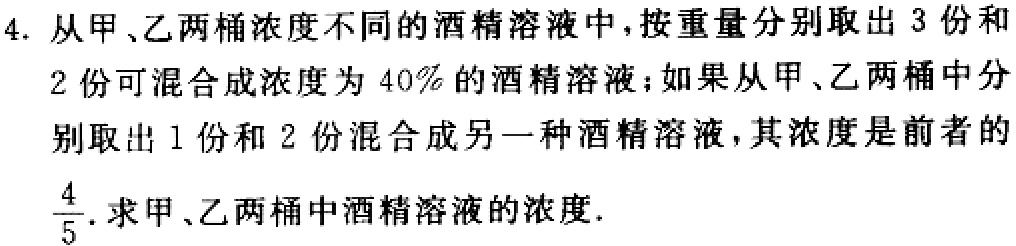
4. 从甲、乙两桶浓度不同的酒精溶液中，按重量分别取出 3 份和
2 份可混合成浓度为 40% 的酒精溶液；如果从甲、乙两桶中分别取出 1 份和 2 份混合成另一种酒精溶液，其浓度是前者的
$\frac{4}{5}$. 求甲、乙两桶中酒精溶液的浓度.